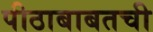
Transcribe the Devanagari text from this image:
पीठाबाबतची